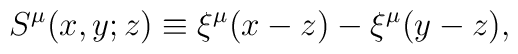
S^{\mu}(x,y;z)\equiv\xi^\mu(x-z)-\xi^\mu(y-z),